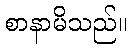
စာနာမိသည်။